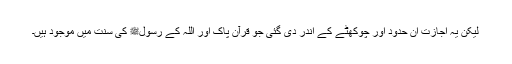
لیکن یہ اجازت ان حدود اور چوکھٹے کے اندر دی گئی جو قرآن پاک اور اللہ کے رسولﷺ کی سنت میں موجود ہیں۔